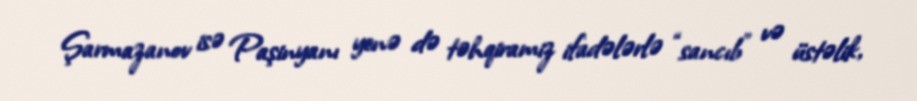
Şarmazanov isə Paşinyanı yenə də təhqiramiz ifadələrlə “sancıb” və üstəlik,